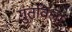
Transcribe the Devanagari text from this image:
गुंतविला